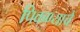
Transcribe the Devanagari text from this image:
पिकण्याचे